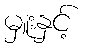
မှူးနှင့်